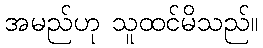
အမည်ဟု သူထင်မိသည်။